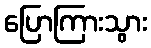
ပြောကြားသွား